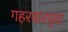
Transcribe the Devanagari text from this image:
गहरवारपुरा